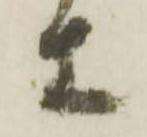
等